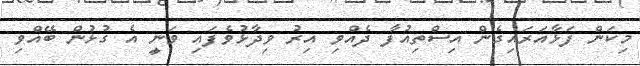
މިކަން ފަޅާއަރައިގެން އިސްތިއުފާ ދެއްވި އިރު ވިދާޅުވެފައި ވަނީ އެ ގުޅުން ބޭއްވި